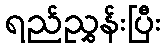
ရည်ညွှန်းပြီး